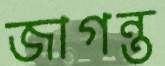
জাগন্ত